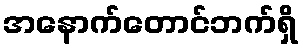
အနောက်တောင်ဘက်ရှိ